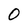
Character: 0